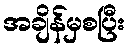
အချိန်မှစပြီး